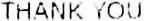
THANK YOU